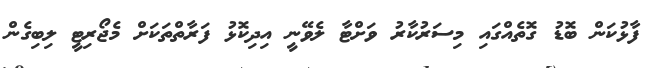
ފާޅުކަން ބޮޑު ގޮތެއްގައި މިސަރުކާރު ވަށްޓާ ލެވޭނީ އިދިކޮޅު ފަރާތްތަކަށް މެޖޯރިޓީ ލިބިގެން